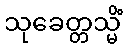
သုခေတ္တသ္မိံ